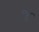
જૂ